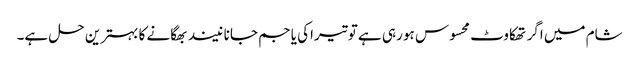
شام میں اگر تھکاوٹ محسوس ہو رہی ہے تو تیراکی یا جم جانا نیند بھگانے کا بہترین حل ہے۔